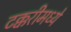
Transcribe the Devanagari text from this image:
टक्करीमध्ये